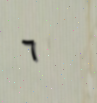
٦